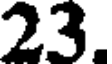
23.